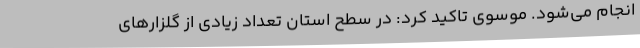
انجام می‌شود. موسوی تاکید کرد: در سطح استان تعداد زیادی از گلزارهای